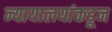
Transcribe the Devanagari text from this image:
न्यायालयांकडून